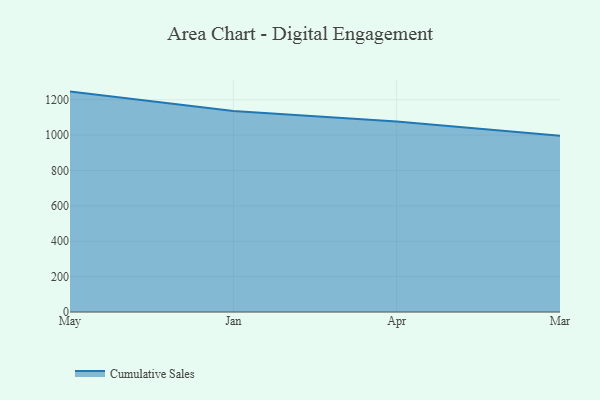
{"axis": {"x": "Month", "y": "Conversion Rate (%)"}, "legend": ["Cumulative Sales"], "data": [{"x": "May", "y": 1245.8, "type": "Cumulative Sales"}, {"x": "Jan", "y": 1135.6, "type": "Cumulative Sales"}, {"x": "Apr", "y": 1077.2, "type": "Cumulative Sales"}, {"x": "Mar", "y": 996.8, "type": "Cumulative Sales"}]}